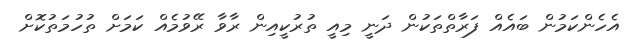
އެހެންކަމުން ބައެއް ފަރާތްތަކުން ދަނީ މިއީ ތުރުކީއިން ރާވާ ރޭވުމެއް ކަމަށް ތުހުމަތުކޮށް